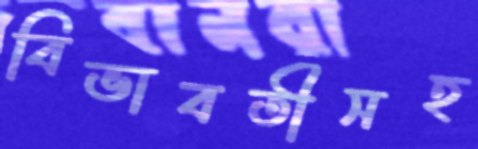
বিভাবতীসহ